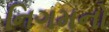
નિગમનો